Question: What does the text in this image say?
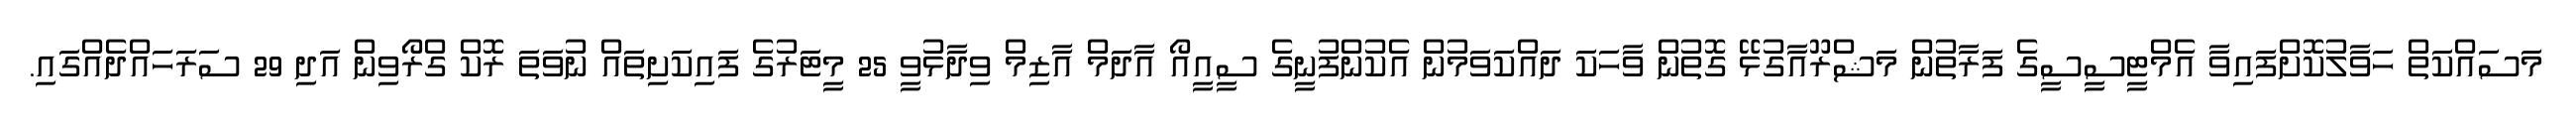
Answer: މަސައްކަތް ހަވާލުކޮށްފައިވާ އެމްޓީސީސީގެ ފަރާތުން މަޝްރޫއާގުޅޭ ގޮތުން ވާހަކަ ދައްކަވަމުން އެކުންފުނީގެ ސީއީއޯ އާދަމް އާޒިމް ވިދާޅުވީ 25 މީޓަރުގެ ފައިކަށިތައް ނުވަތަ ރޮކް ގްރޯވިން އަދި 29 ސަރަހައްދެއްގައި.